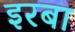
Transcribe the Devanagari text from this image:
इरबा